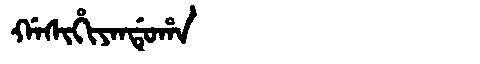
Manchu: ᡤᠠᠰᡳᡥᡳᠶᠠᠨᡩᡠᡥᠠ
Romanization: GASIHIYANDUHA